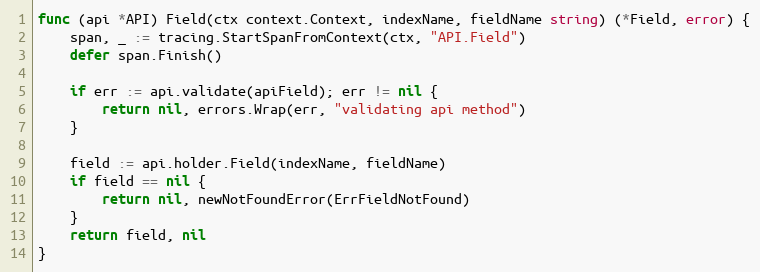
Language: Go
func (api *API) Field(ctx context.Context, indexName, fieldName string) (*Field, error) {
	span, _ := tracing.StartSpanFromContext(ctx, "API.Field")
	defer span.Finish()

	if err := api.validate(apiField); err != nil {
		return nil, errors.Wrap(err, "validating api method")
	}

	field := api.holder.Field(indexName, fieldName)
	if field == nil {
		return nil, newNotFoundError(ErrFieldNotFound)
	}
	return field, nil
}